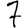
Digit: 7